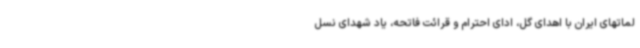
لماتهای ایران با اهدای گل، ادای احترام و قرائت فاتحه، یاد شهدای نسل